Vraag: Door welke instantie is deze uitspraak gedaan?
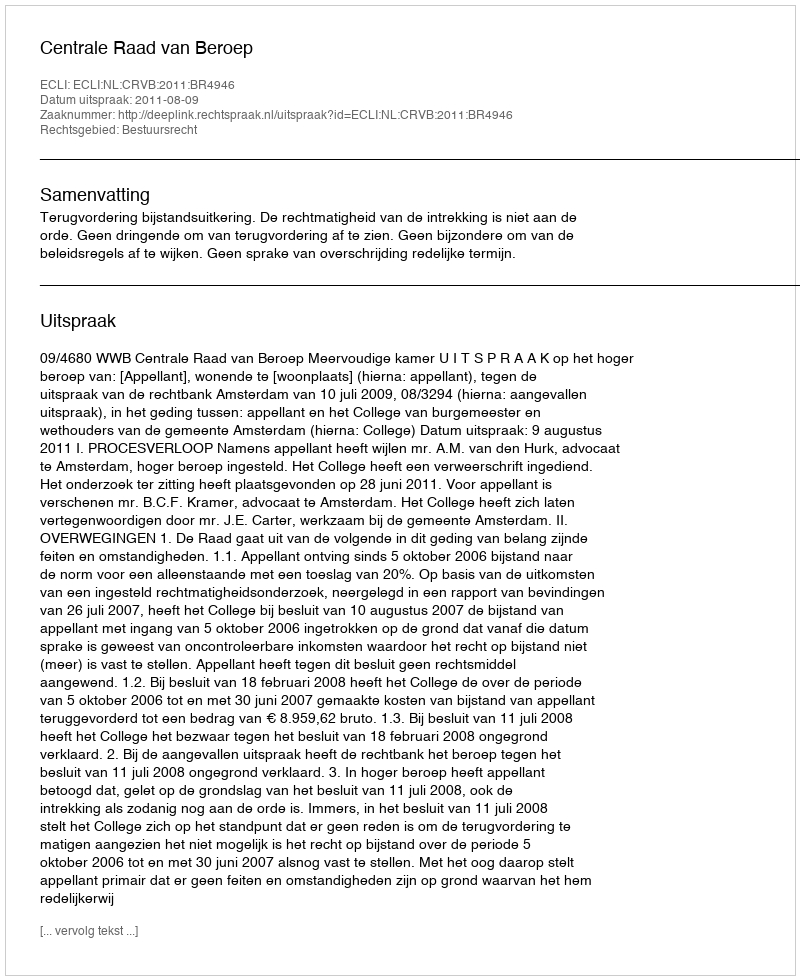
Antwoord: Centrale Raad van Beroep